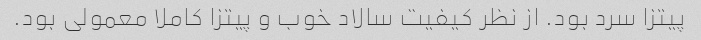
پیتزا سرد بود. از نظر کیفیت سالاد خوب و پیتزا کاملا معمولی بود.